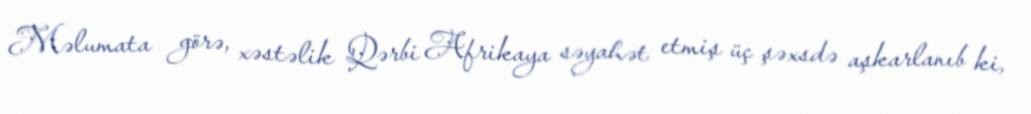
Məlumata görə, xəstəlik Qərbi Afrikaya səyahət etmiş üç şəxsdə aşkarlanıb ki,